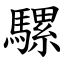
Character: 騾